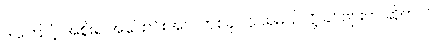
ဒါကြောင့် အစိုးရ အပြောင်းအလဲတစ်ခု လုပ်ရမယ်လို့ ခင်ဗျားက ဆိုတယ်။